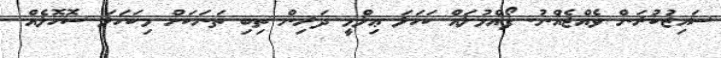
ސައިޒުކުރަން ވެއްޖެއްނު. ފޯއްމުލައް ކަހަލަ ޢިލްމީ ދަރިން ތިބި ތަނަކަށް މިކަހަލަ ސޮހޮލެއް